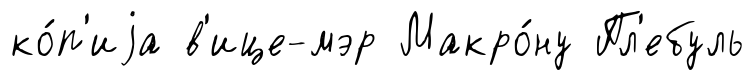
ко́п'иjа в'ице-мэр Макро́ну Пл'ебуль